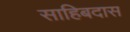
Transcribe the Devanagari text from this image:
साहिबदास